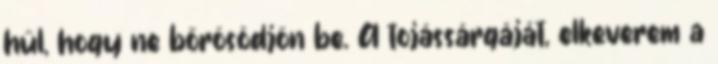
hűl, hogy ne bőrösödjön be. A tojássárgáját, elkeverem a